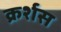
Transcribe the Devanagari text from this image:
क्रर्शस